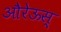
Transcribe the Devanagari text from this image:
औरेऊस्